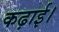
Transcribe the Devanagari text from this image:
कढ़ाई।